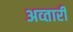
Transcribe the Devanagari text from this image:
अव्तारी